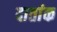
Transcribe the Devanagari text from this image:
दातांक